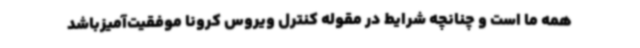
همه ما است و چنانچه شرایط در مقوله کنترل ویروس کرونا موفقیت‌آمیزباشد